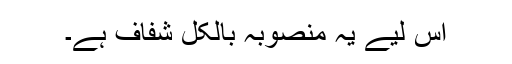
اس لیے یہ منصوبہ بالکل شفاف ہے۔